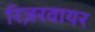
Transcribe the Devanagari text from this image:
रिज़रवायर